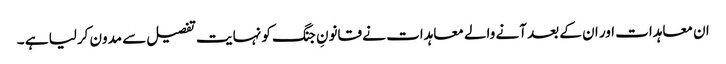
ان معاہدات اور ان کے بعد آنے والے معاہدات نے قانونِ جنگ کو نہایت تفصیل سے مدون کرلیا ہے ۔